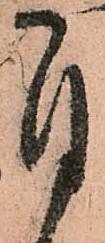
自